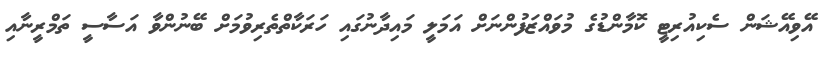
އޭވިއޭޝަން ސެކިއުރިޓީ ކޮމާންޑުގެ މުވައްޒަފުންނަށް އަމަލީ މައިދާނުގައި ހަރަކާތްތެރިވުމަށް ބޭނުންވާ އަސާސީ ތަމްރީނާއި